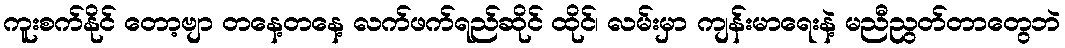
ကူးစက်နိုင် တော့ဗျာ တနေ့တနေ့ လက်ဖက်ရည်ဆိုင် ထိုင်၊ လမ်းမှာ ကျန်းမာရေးနဲ့ မညီညွတ်တာတွေဘဲ